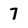
Character: 7